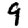
Digit: 9